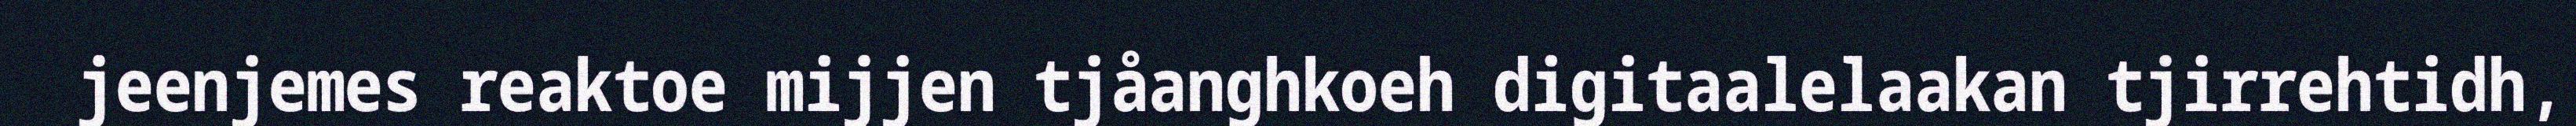
jeenjemes reaktoe mijjen tjåanghkoeh digitaalelaakan tjirrehtidh,